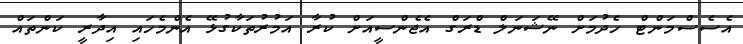
އެސެސްމަންޓް ހެދުމަށް ނޭޝަނަލް ޑްރަގް އެޖެންސީއަށް ކުރާ އަމުރުތަކާގުޅޭ އެންމެހައި އިދާރީ ކަންތައް